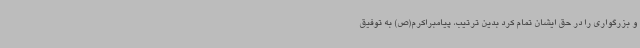
و بزرگواری را در حق ایشان تمام کرد بدین ترتیب، پیامبراکرم(ص) به توفیق